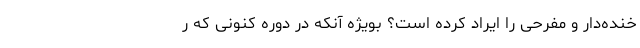
خنده‌دار و مفرحی را ایراد کرده است؟ بویژه آنکه در دوره کنونی که ر